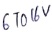
Text: 6 TO 16V